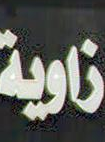
ناوية